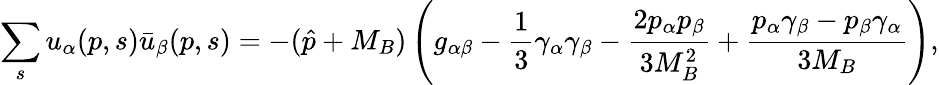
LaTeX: \sum_{s}u_{\alpha}(p,s)\bar{u}_{\beta}(p,s)=-(\hat{p}+M_{B})\left(g_{\alpha\beta}-{\frac{1}{3}}\gamma_{\alpha}\gamma_{\beta}-{\frac{2p_{\alpha}p_{\beta}}{3M_{B}^{2}}}+{\frac{p_{\alpha}\gamma_{\beta}-p_{\beta}\gamma_{\alpha}}{3M_{B}}}\right),